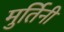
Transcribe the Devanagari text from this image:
मुर्तिनी